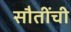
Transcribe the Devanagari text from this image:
सौतींची